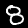
Label: 8